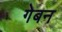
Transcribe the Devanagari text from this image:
गेबन